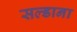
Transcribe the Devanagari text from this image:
सल्डाना